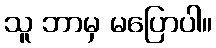
သူ ဘာမှ မပြောပါ။